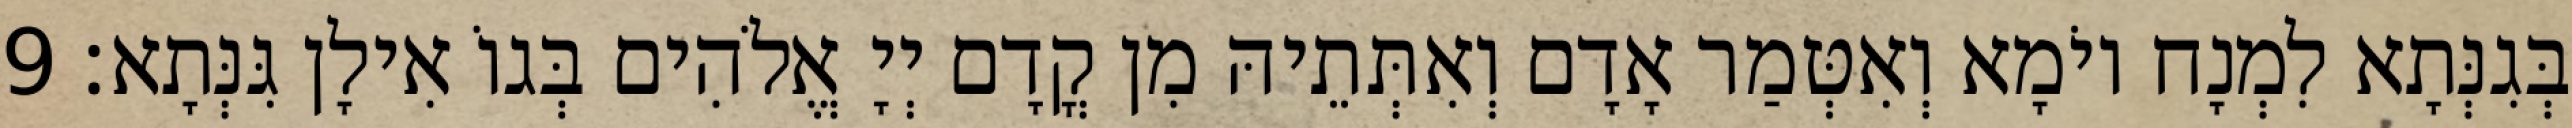
בְּגִנְּתָא לִמְנָח יוֹמָא וְאִטְּמַר אָדָם וְאִתְּתֵיהּ מִן קֳדָם יְיָ אֱלֹהִים בְּגוֹ אִילָן גִּנְּתָא׃ 9